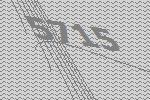
5715